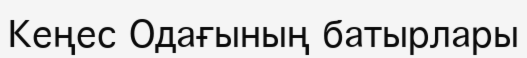
Кеңес Одағының батырлары